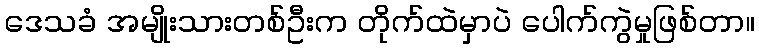
ဒေသခံ အမျိုးသားတစ်ဦးက တိုက်ထဲမှာပဲ ပေါက်ကွဲမှုဖြစ်တာ။